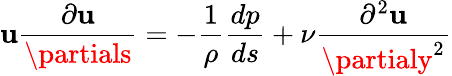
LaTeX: \mathbf{u}{\frac{{\partial\mathbf{u}}}{{\partials}}}=-{\frac{{1}}{{\rho}}}{\frac{{dp}}{{ds}}}+{\nu}{\frac{{\partial^{2}\mathbf{u}}}{{\partialy^{2}}}}